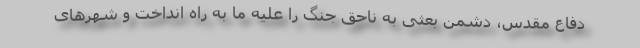
دفاع مقدس، دشمن بعثی به ناحق جنگ را علیه ما به راه انداخت و شهرهای